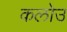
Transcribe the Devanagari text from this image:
कलोउ